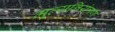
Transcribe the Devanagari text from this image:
मूल्यनियंत्रण